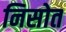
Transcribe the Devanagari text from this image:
निसोत